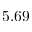
5 . 6 9